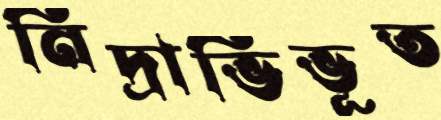
নিদ্রাভিভূত